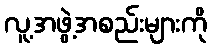
လူ့အဖွဲ့အစည်းများကို